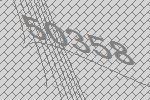
50358